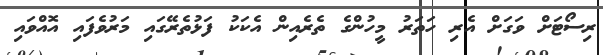
ރިސޯޓަށް ވަގަށް އެރި ހަތަރު މީހުންގެ ތެރެއިން އެކަކު ފަޅުތެރޭގައި މަރުވެފައި އޮއްވައި